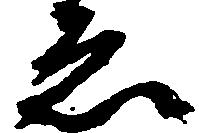
ゑ